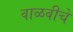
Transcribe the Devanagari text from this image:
वाळवीचे